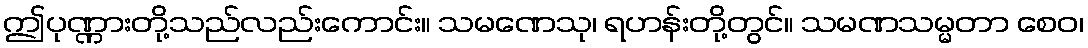
ဤပုဏ္ဏားတို့သည်လည်းကောင်း။ သမဏေသု၊ ရဟန်းတို့တွင်။ သမဏသမ္မတာ စေဝ၊